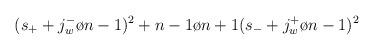
LaTeX: \begin{align*}(s_+ + {{j_w^-}\o {n-1}})^2 + {{n-1}\o {n+1}}(s_- + {{j_w^+}\o {n-1}})^2\end{align*}